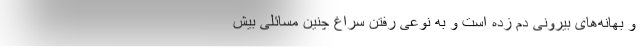
و بهانه‌های بیرونی دم زده است و به نوعی رفتن سراغ چنین مسائلی بیش